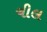
ચીલ